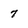
Character: 7